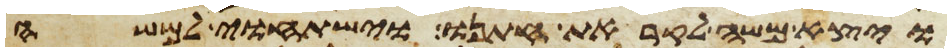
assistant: ויצא משה לקראת חתנו וישתחוי למשה